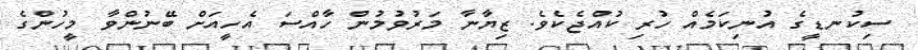
ސިކުނޑީގެ އުނިކަމެއް ހުރި ކުއްޖެކެވެ. ޒިޔާނާ މަރުވުމުން ހާއްސަ އެހީއަށް ބޭނުންވާ މީހުންގެ